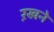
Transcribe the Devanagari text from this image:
ऱखने